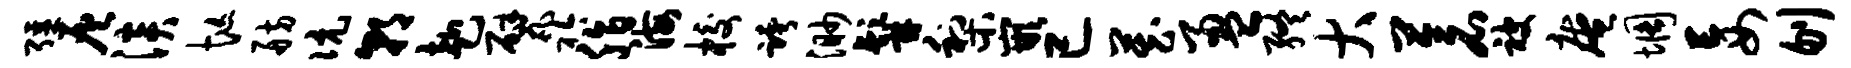
强灰淡忙舫伉朝赴甓衿脂海校跨渺髯梨嵌已藏盈终大苍被庵惆妄刎